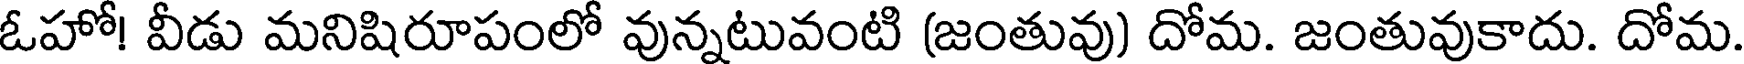
ఓహో! వీడు మనిషిరూపంలో వున్నటువంటి (జంతువు) దోమ. జంతువుకాదు. దోమ